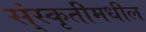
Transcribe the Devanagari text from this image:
स्ंस्कृतीमधील